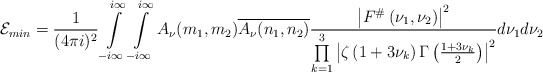
\begin{align*}\mathcal{E}_{min} = \frac{1}{(4 \pi i)^2} \int \limits_{-i \infty}^{i \infty} \int \limits_{-i \infty}^{i \infty} A_{\nu}(m_1,m_2) \overline{A_{\nu}(n_1,n_2)}\frac{\left|F^{\#}\left(\nu_1, \nu_2\right)\right|^2 }{\prod \limits_{k=1}^3 \left|\zeta \left(1+3\nu_k\right)\Gamma\left(\frac{1+3\nu_k}{2}\right)\right|^2} d\nu_1 d\nu_2\end{align*}